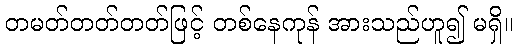
တမတ်တတ်တတ်ဖြင့် တစ်နေကုန် အားသည်ဟူ၍ မရှိ။